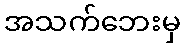
အသက်ဘေးမှ